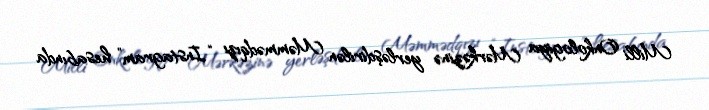
Milli Onkologiya Mərkəzinə yerləşdirilən Məmmədqızı “Instagram” hesabında